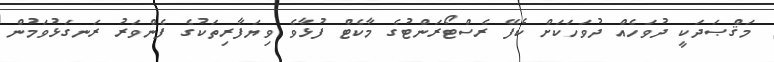
މަޤްޞަދަކީ ދުވަހެއް ދުވަހަކަށް ކެފޭ ރެސްޓޯރަންޓުގެ މާކެޓް ފުޅާވެ ވިޔަފާރިތަކުގެ ފެންވަރު ރަނގަޅުވަމުން